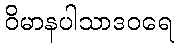
ဝိမာနပါသာဒဝရေ